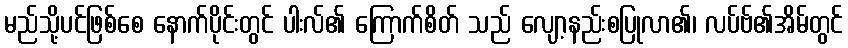
မည်သို့ပင်ဖြစ်စေ နောက်ပိုင်းတွင် ပါးလ်၏ ကြောက်စိတ် သည် လျော့နည်းစပြုလာ၏၊ လပ်ဗ်၏အိမ်တွင်